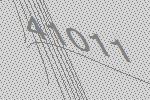
41011